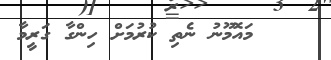
މައޮމޫނު ނެތި ކުރުމަށް ހިންގާ ގަރީމާ